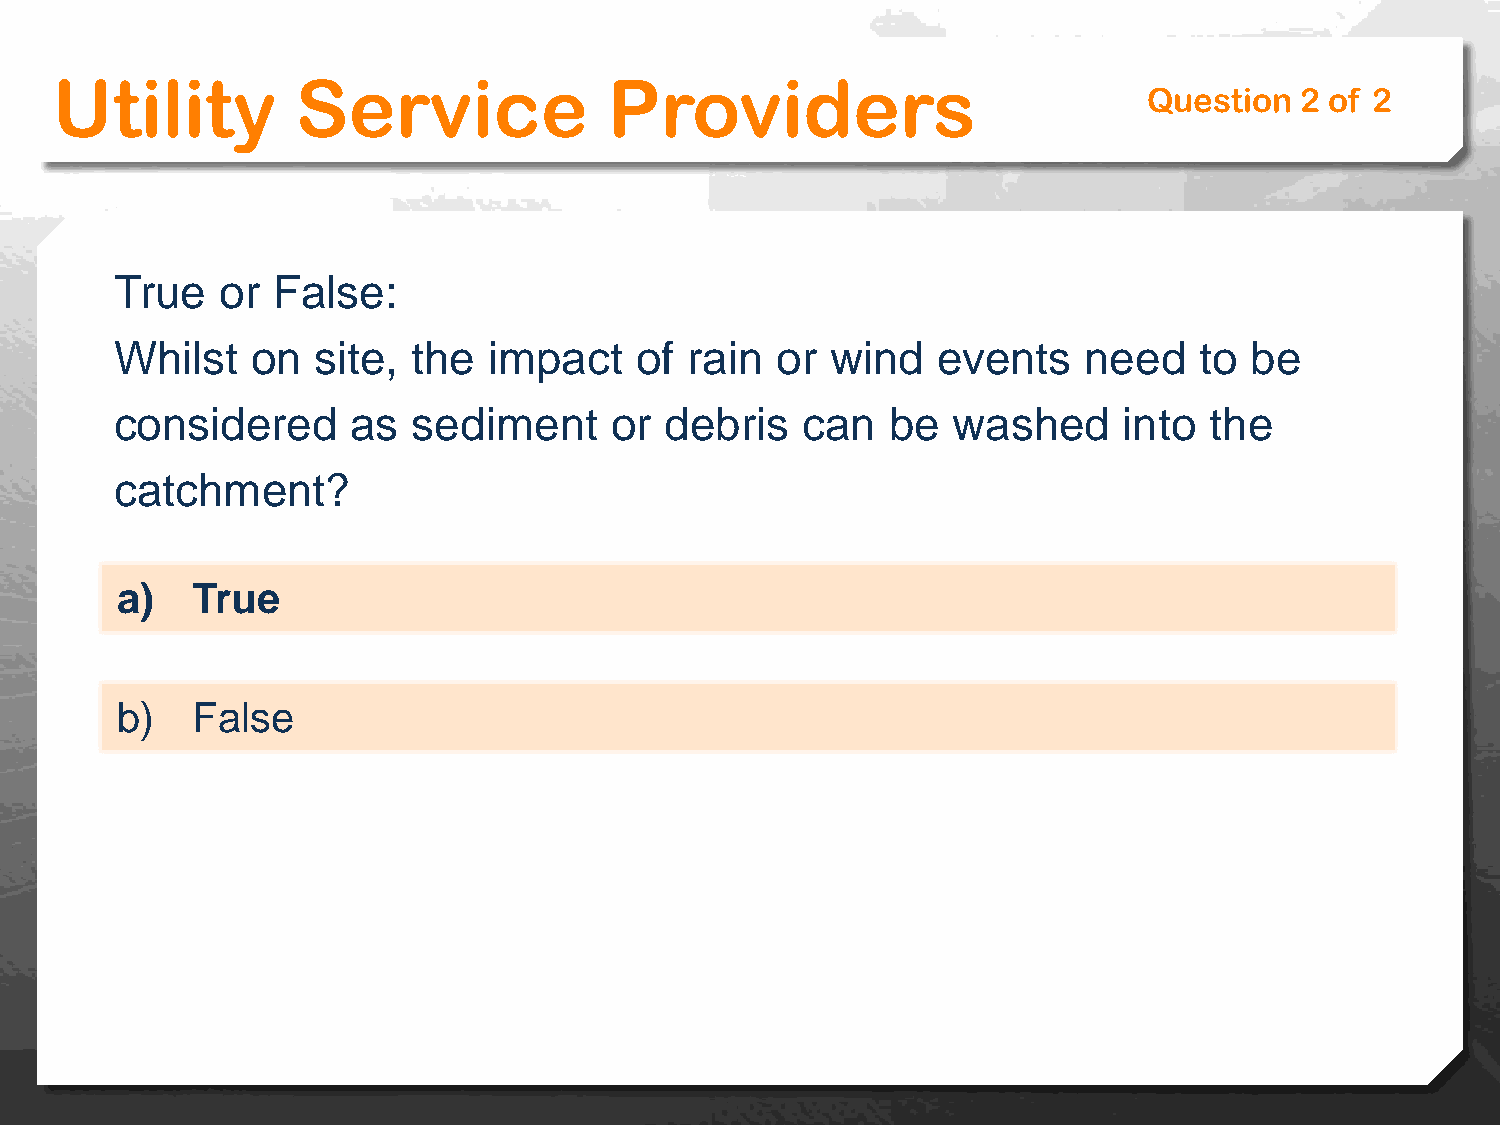
Utility          Service             Providers
 Question  2 of 2
 True   or False:
 Whilst   on  site, the  impact    of rain  or  wind   events    need   to  be
 considered     as  sediment     or  debris   can   be  washed     into  the
 catchment?
 a)   True
 b)   False